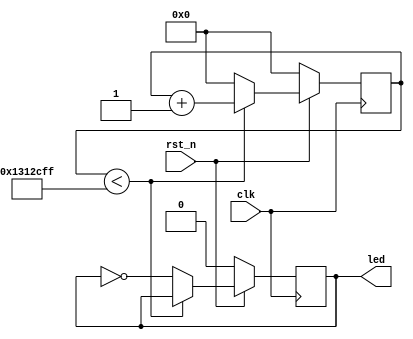
`timescale 1ns / 1ps
//////////////////////////////////////////////////////////////////////////////////
// Company: 
// Engineer: 
// 
// Design Name: 
// Module Name:    clkdivled 
// Project Name: 
// Target Devices: 
// Tool versions: 
// Description: 
//
// Dependencies: 
//
// Revision: 
// Revision 0.01 - File Created
// Additional Comments: 
//
//////////////////////////////////////////////////////////////////////////////////
module clkdivled( rst_n,
						clk,
						led);

input rst_n;
input clk;
output led;

reg clk_1Hz;
reg [25:0] counter;

parameter N=40000000;

//
always @(posedge clk)
begin
   if(!rst_n)
		begin
		counter <= 26'd0;
		clk_1Hz <= 1'b0;
		end
	else
		if(counter < (N/2-1))
			begin
			counter <= counter + 1'b1;
			end
		else
			begin
			clk_1Hz <= ~clk_1Hz;
			counter <= 26'd0;
			end
end

assign led = clk_1Hz;


endmodule